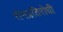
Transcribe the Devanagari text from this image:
रोगप्रतिरोधी